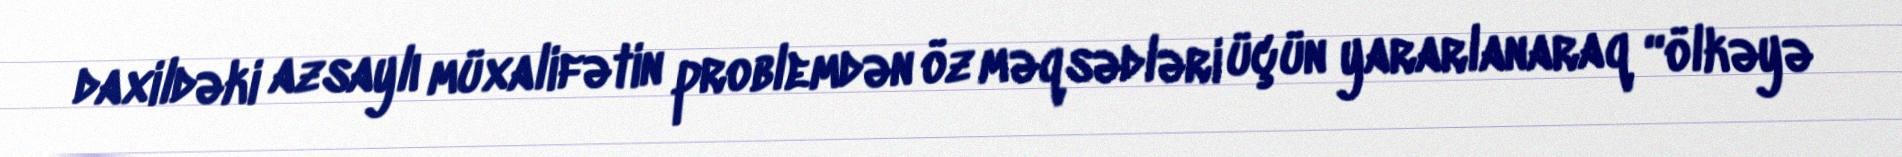
daxildəki azsaylı müxalifətin problemdən öz məqsədləri üçün yararlanaraq “ölkəyə